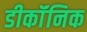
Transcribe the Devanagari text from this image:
डीकॉंनिक